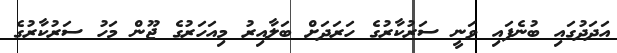
އަދަދުގައި ބުނެފައި ވަނީ ސަރުކާރުގެ ހަރަދަށް ބަލާއިރު މިއަހަރުގެ ޖޫން މަހު ސަރުކާރުގެ